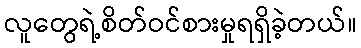
လူတွေရဲ့စိတ်ဝင်စားမှုရရှိခဲ့တယ်။